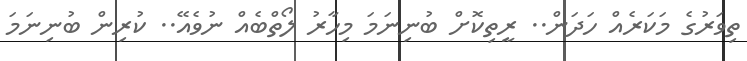
ތިވަރުގެ މަކަރެއް ހަދަން.. ރީތިކޮށް ބުނިނަމަ މިހާރު ލޯތްބެއް ނުވެއޭ.. ކުރިން ބުނިނަމަ